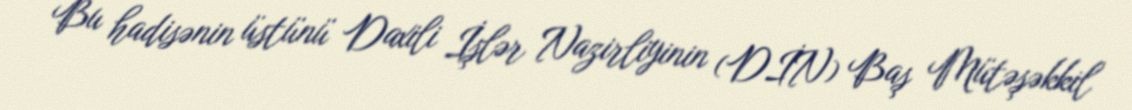
Bu hadisənin üstünü Daxili İşlər Nazirliyinin (DİN) Baş Mütəşəkkil